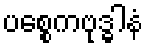
ပစ္စေကဗုဒ္ဓါနံ